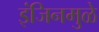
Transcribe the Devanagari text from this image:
इंजिनमुळे